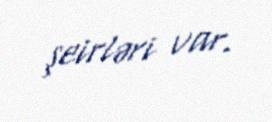
şeirləri var.